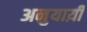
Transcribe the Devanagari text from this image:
अनुयाय़ी